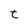
Character: t